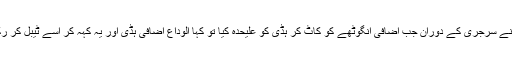
ڈاکٹر نے سرجری کے دوران جب اضافی انگوٹھے کو کاٹ کر ہڈی کو علیحدہ کیا تو کہا الوداع اضافی ہڈی اور یہ کہہ کر اسے ٹیبل کر رکھ دیا۔